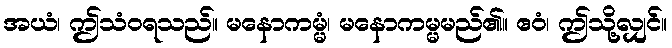
အယံ၊ ဤသံဝရသည်။ မနောကမ္မံ၊ မနောကမ္မမည်၏။ ဧဝံ၊ ဤသို့လျှင်။